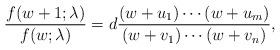
LaTeX: \begin{align*} \dfrac{f(w+1; \lambda)}{f(w; \lambda)} = d \dfrac{(w+u_1)\cdots(w+u_m)}{(w+v_1)\cdots(w+v_n)}, \end{align*}